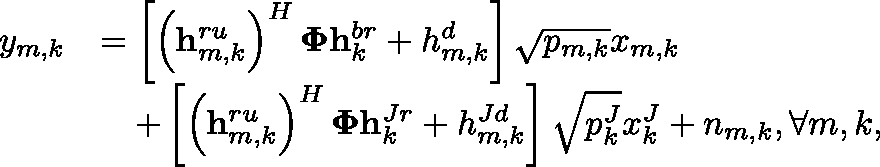
\begin{array} { r l } { y _ { m , k } } & { = \left[ \left( \mathbf { h } _ { m , k } ^ { r u } \right) ^ { H } \mathbf { \Phi } \mathbf { h } _ { k } ^ { b r } + h _ { m , k } ^ { d } \right] \sqrt { p _ { m , k } } x _ { m , k } } \\ & { \quad + \left[ \left( \mathbf { h } _ { m , k } ^ { r u } \right) ^ { H } \mathbf { \Phi } \mathbf { h } _ { k } ^ { J r } + h _ { m , k } ^ { J d } \right] \sqrt { p _ { k } ^ { J } } x _ { k } ^ { J } + n _ { m , k } , \forall m , k , } \end{array}